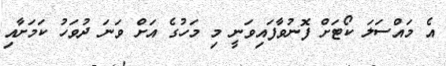
އެ މައްސަލަ ކޯޓަށް ފޮނުވާފައިވަނީ މި މަހުގެ އަށް ވަނަ ދުވަހު ކަމަށާއި